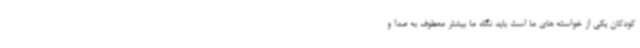
کودکان یکی از خواسته های ما است باید نگاه ما بیشتر معطوف به صدا و